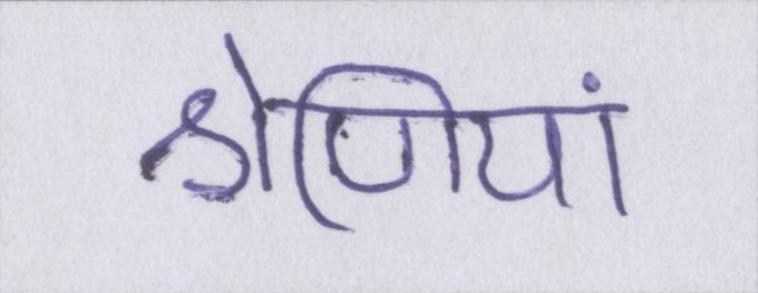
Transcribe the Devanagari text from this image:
श्रेणियां